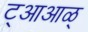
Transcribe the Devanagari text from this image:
ट्आआळ्